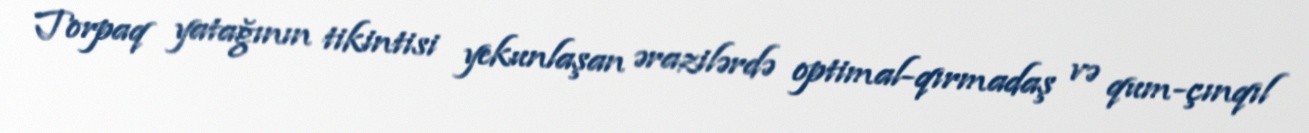
Torpaq yatağının tikintisi yekunlaşan ərazilərdə optimal-qırmadaş və qum-çınqıl